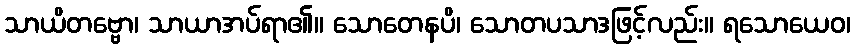
သာယိတဗ္ဗော၊ သာယာအပ်ရာ၏။ သောတေနပိ၊ သောတပသာဒဖြင့်လည်း။ ရသောယေဝ၊